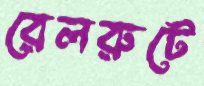
রেলরুটে